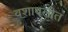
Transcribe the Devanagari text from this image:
वशावलीत